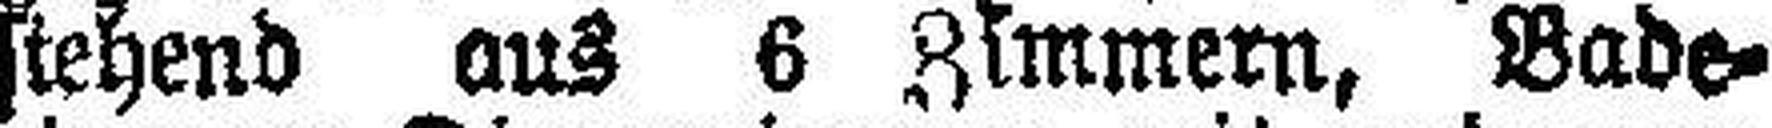
stehend aus 6 Zimmern, Bade¬